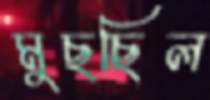
মুছছিল